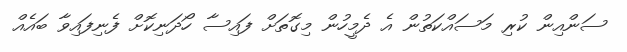
ސަންއިން ކުރި މަސައްކަތުން އެ ދެމީހުން މިގޮތަށް ފައިސާ ހޯދަނިކޮށް ފެނިފައިވާ ބައެއް